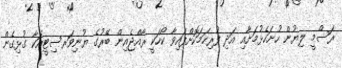
ރަސްމީ ލިޔުން ހުށަހެޅުމަށާއި އަދި ފުރިހަމަކޮށްފައިވާ ކޯހަކީ ރާއްޖެއިން ބޭރުގެ ޔުނިވަރސިޓީއަކާ ގުޅިގެން